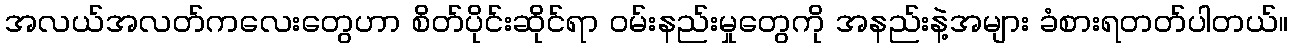
အလယ်အလတ်ကလေးတွေဟာ စိတ်ပိုင်းဆိုင်ရာ ဝမ်းနည်းမှုတွေကို အနည်းနဲ့အများ ခံစားရတတ်ပါတယ်။